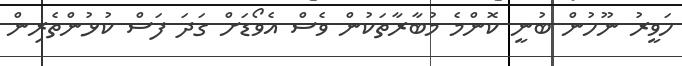
ހަވީރު ނޫހުން ބުނީ ކޮންމެ މުބާރާތަކުން ވެސް އެވޯޑަށް ގަދަ ފަސް ކުޅުންތެރިން